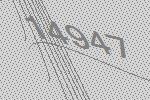
14947